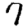
Digit: 7